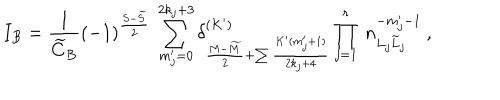
LaTeX: I _ { B } = \frac { 1 } { \widetilde C _ { B } } ( - 1 ) ^ { \frac { S - \widetilde { S } } { 2 } } \: \sum _ { m _ { j } ^ { \prime } = 0 } ^ { 2 k _ { j } + 3 } \delta _ { \frac { M - \widetilde { M } } { 2 } + \sum \frac { K ^ { \prime } ( m _ { j } ^ { \prime } + 1 ) } { 2 k _ { j } + 4 } } ^ { ( K ^ { \prime } ) } \prod _ { j = 1 } ^ { r } \: n _ { L _ { j } \widetilde { L } _ { j } } ^ { - m _ { j } ^ { \prime } - 1 } \: ,